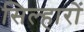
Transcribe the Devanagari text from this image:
सिल्हारों